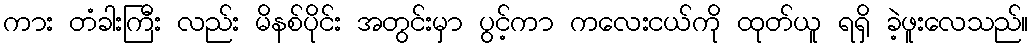
ကား တံခါးကြီး လည်း မိနစ်ပိုင်း အတွင်းမှာ ပွင့်ကာ ကလေးငယ်ကို ထုတ်ယူ ရရှိ ခဲ့ဖူးလေသည်။